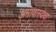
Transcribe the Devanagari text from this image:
अमावास्येचा